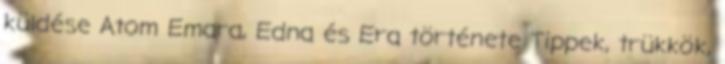
küldése Atom Emara, Edna és Era története Tippek, trükkök,